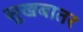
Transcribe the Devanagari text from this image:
सूखबातर